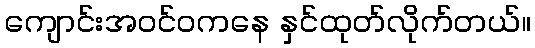
ကျောင်းအဝင်ဝကနေ နှင်ထုတ်လိုက်တယ်။